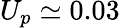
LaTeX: U_{p}\simeq 0.03